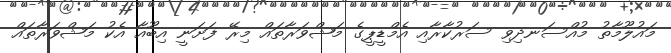
މައުލޫމާތު މުއްސަނދިވި ސަރުކާރާއި އެމްޑީޕީގެ މަޝްވަރާތައް މިރޭ ފަށަނީ އިބޫއާ އެކު މަޝްވަރާތައް